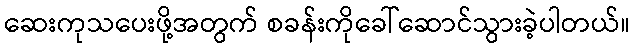
ဆေးကုသပေးဖို့အတွက် စခန်းကိုခေါ်ဆောင်သွားခဲ့ပါတယ်။